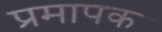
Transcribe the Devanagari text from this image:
प्रमापक